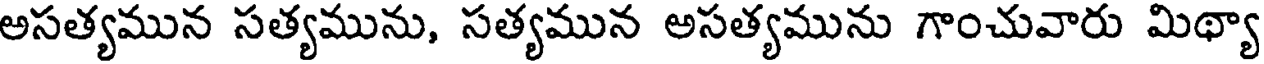
అసత్యమున సత్యమును, సత్యమున అసత్యమును గాంచువారు మిథ్యా